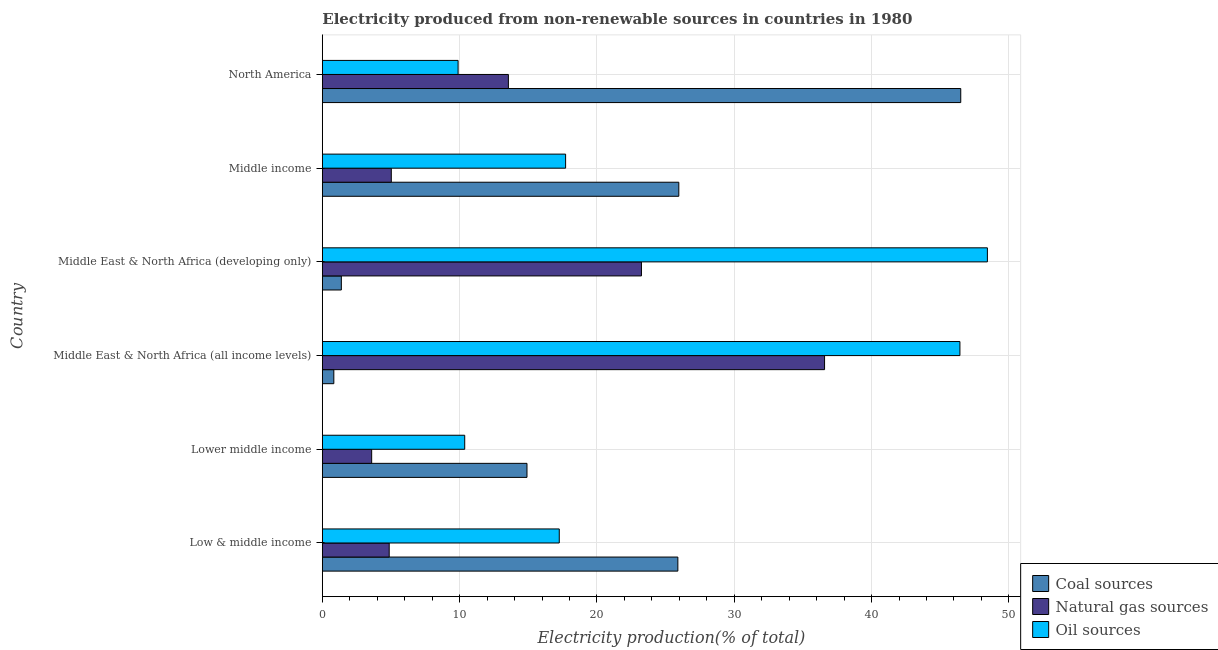
| Country | Coal sources | Natural gas sources | Oil sources |
 | --- | --- | --- | --- |
 | Low & middle income | 25.9 | 4.87 | 17.3 |
 | Lower middle income | 14.9 | 3.59 | 10.4 |
 | Middle East & North Africa (all income levels) | 0.838 | 36.6 | 46.4 |
 | Middle East & North Africa (developing only) | 1.39 | 23.2 | 48.4 |
 | Middle income | 26 | 5.02 | 17.7 |
 | North America | 46.5 | 13.6 | 9.89 |